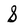
Character: S